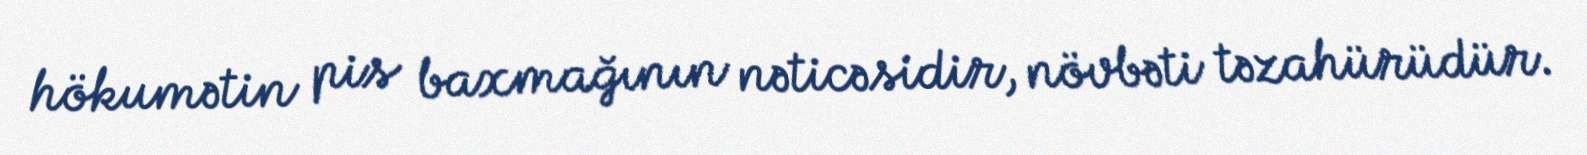
hökumətin pis baxmağının nəticəsidir, növbəti təzahürüdür.